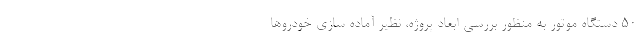
۵۰ دستگاه موتور به منظور بررسي ابعاد پروژه، نظیر آماده سازی خودروها